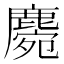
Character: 𪋅